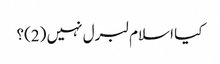
کیا اسلام لبرل نہیں (2)؟